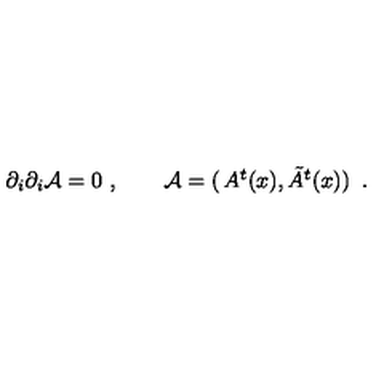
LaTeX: \partial _ { i } \partial _ { i } { \cal A } = 0 \ , \qquad { \cal A } = \left( \begin{matrix} { A ^ { t } ( x ) , \tilde { A } ^ { t } ( x ) } \\ \end{matrix} \right) \ .